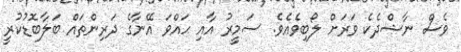
ވެސް ނާޝްދެކެ ވަރަށް ލޯބިވެއެވެ. ސަމީރު އާއި ހައްވަ އޭނާގެ ދަރިންތައް ބަލާބޮޑުކުރީ